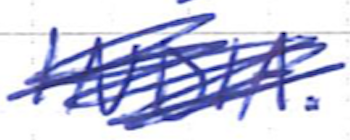
Text: INDIA.
Cross-out: scratch
Writing tool: ballpoint